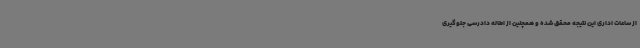
از ساعات اداری این نتیجه محقق شده و همچنین از اطاله دادرسی جلوگیری